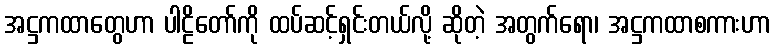
အဋ္ဌကထာတွေဟာ ပါဠိတော်ကို ထပ်ဆင့်ရှင်းတယ်လို့ ဆိုတဲ့ အတွက်ရော၊ အဋ္ဌကထာစကားဟာ